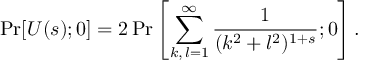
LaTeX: \mathrm { P r } [ U ( s ) ; 0 ] = 2 \, \mathrm { P r } \left[ \sum _ { k , \, l = 1 } ^ { \infty } \frac { 1 } { ( k ^ { 2 } + l ^ { 2 } ) ^ { 1 + s } } ; 0 \right] .